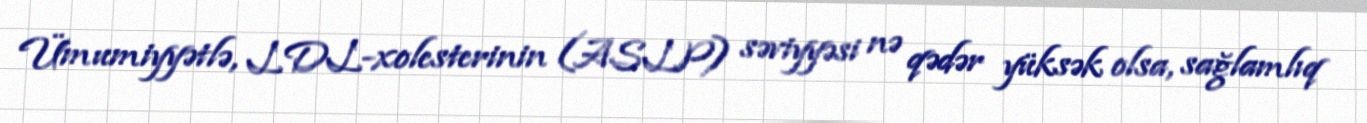
Ümumiyyətlə, LDL-xolesterinin (ASLP) səviyyəsi nə qədər yüksək olsa, sağlamlıq